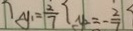
y _ { 1 } = \frac { 2 } { 7 } y _ { 2 } = - \frac { 2 } { 7 }